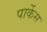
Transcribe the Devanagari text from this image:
पार्केस